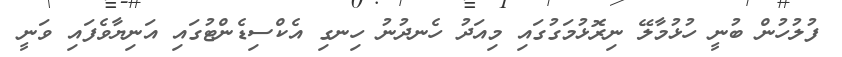
ފުލުހުން ބުނީ ހުޅުމާލޭ ނިރޮޅުމަގުގައި މިއަދު ހެނދުނު ހިނގި އެކްސިޑެންޓުގައި އަނިޔާވެފައި ވަނީ